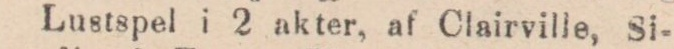
Lustspel i 2 akter, af Clairville, Si-